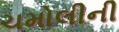
ચમોલીની